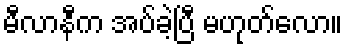
မီလာနီက အပ်ခဲ့ပြီ မဟုတ်လော။